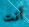
أنت